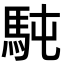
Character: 𩢀